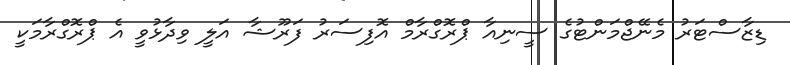
ޑިޒާސްޓަރު މެނޭޖްމަންޓުގެ ސީނިއާ ޕްރޮގްރާމް އޮފިސަރު ފަރޫޝާ އަލީ ވިދާޅުވީ އެ ޕްރޮގްރާމަކީ